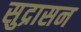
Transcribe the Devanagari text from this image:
सुद्रासन